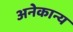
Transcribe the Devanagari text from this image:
अनेकान्य